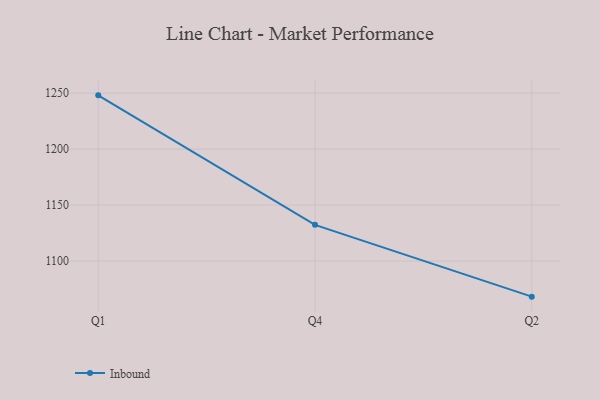
{"axis": {"x": "Quarter", "y": "Page Views"}, "legend": ["Inbound"], "data": [{"x": "Q1", "y": 1248.0, "type": "Inbound"}, {"x": "Q4", "y": 1132.4, "type": "Inbound"}, {"x": "Q2", "y": 1068.3, "type": "Inbound"}]}